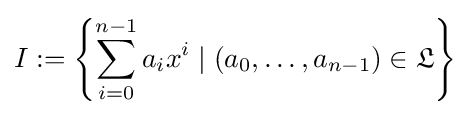
I:=\left\{\sum _{i=0}^{n-1}a_{i}x^{i}\mid (a_{0},\ldots ,a_{n-1})\in {\mathfrak {L}}\right\}